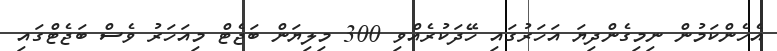
އެހެންކަމުން ނިމިގެންދިޔަ އަހަރުގައި ހޭދަކުރެއްވި 300 މިލިޔަން ބަޖެޓް މިއަހަރު ވެސް ބަޖެޓްގައި